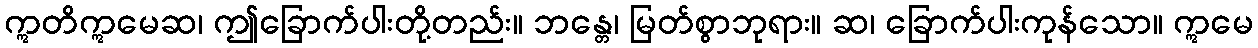
ဣတိဣမေဆ၊ ဤခြောက်ပါးတို့တည်း။ ဘန္တေ၊ မြတ်စွာဘုရား။ ဆ၊ ခြောက်ပါးကုန်သော။ ဣမေ